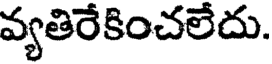
వ్యతిరేకించలేదు.